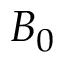
B _ { 0 }